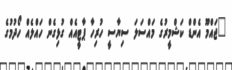
"ޖައްމޫ އެންޑް ކަޝްމީރުގެ މައްސަލަ ސިޔާސީ ހުރިހާ ޕާޓީއެއް ގުޅިގެން ހައްލެއް ހޯދުމުގެ